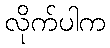
လိုက်ပါက